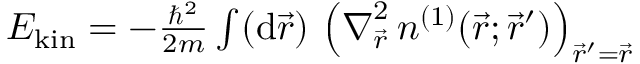
\begin{array} { r } { E _ { \mathrm { k i n } } = - \frac { \hbar ^ { 2 } } { 2 m } \int ( \mathrm { d } \vec { r } ) \, \left( \boldsymbol { \nabla } _ { \vec { r } } ^ { 2 } \, n ^ { ( 1 ) } ( \vec { r } ; \vec { r } ^ { \prime } ) \right) _ { \vec { r } ^ { \prime } = \vec { r } } } \end{array}